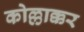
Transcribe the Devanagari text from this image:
कोल्लाक्कर